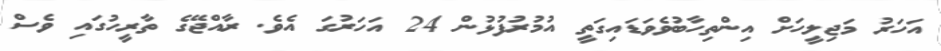
އަހަރު މަޖިލީހަށް އިންތިހާބުވެވަޑައިގަތީ އުމުރުފުޅުން 24 އަަހަރުގަ އެވެ. ރާއްޖޭގެ ތާރީހުގައި ވެސް